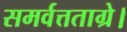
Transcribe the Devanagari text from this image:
समर्वत्तताग्रे।